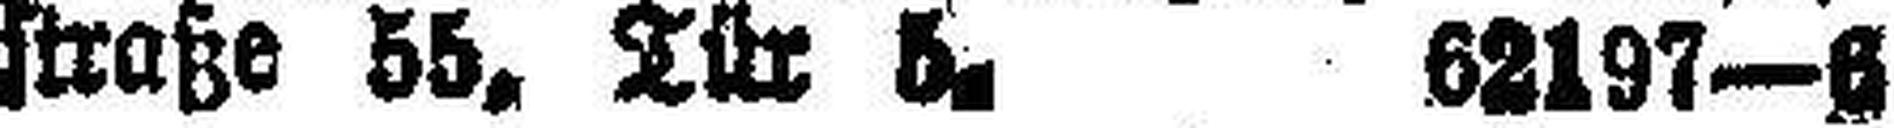
straße 55, Tür 5. 62197—6